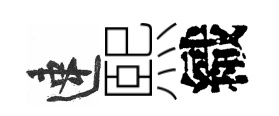
速熙織